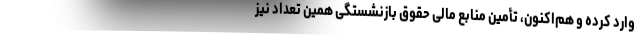
وارد کرده و هم‌اکنون، تأمین منابع مالی حقوق بازنشستگی همین تعداد نیز